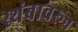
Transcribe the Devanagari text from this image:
स्थंबावरून